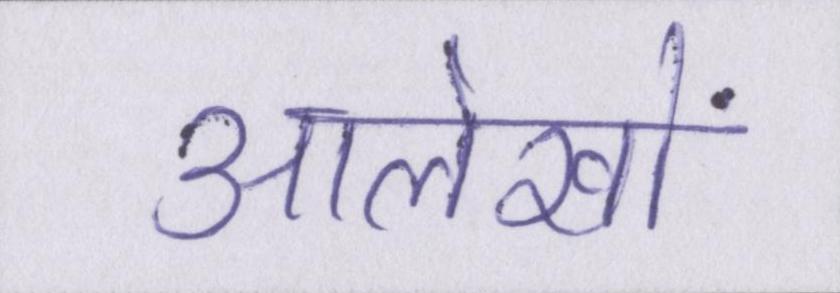
आलेखों